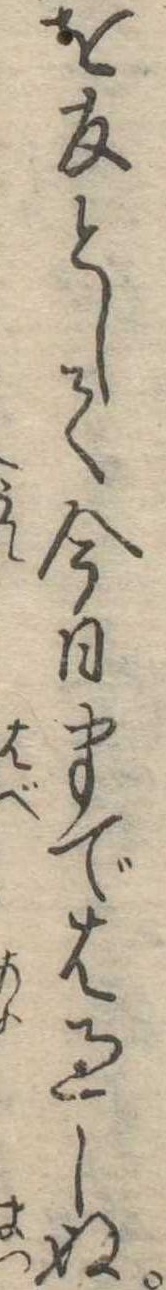
を友として今日までは過しぬ